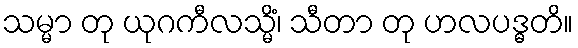
သမ္မာ တု ယုဂကီလသ္မိံ၊ သီတာ တု ဟလပဒ္ဓတိ။